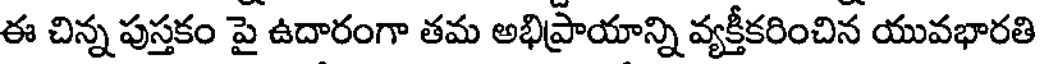
ఈ చిన్న పుస్తకం పై ఉదారంగా తమ అభిప్రాయాన్ని వ్యక్తీకరించిన యువభారతి